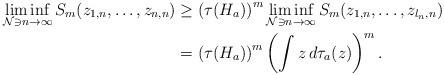
LaTeX: \begin{align*}\liminf_{{\mathcal N}\ni n\to\infty} S_m(z_{1,n}, \ldots, z_{n,n}) &\ge \left(\tau(H_a)\right)^m \liminf_{{\mathcal N}\ni n\to\infty} S_m(z_{1,n}, \ldots, z_{l_n,n}) \\ &= \left(\tau(H_a)\right)^m \left(\int z\,d\tau_a(z)\right)^m.\end{align*}